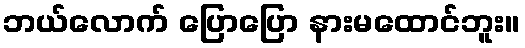
ဘယ်လောက် ပြောပြော နားမထောင်ဘူး။